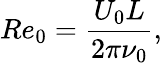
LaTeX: R{{e}_{0}}=\frac{{{U}_{0}}L}{2\pi{{\nu}_{0}}},